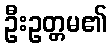
ဦးဥတ္တမ၏